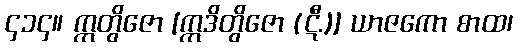
၄၁၄။ ဣတွိဇော [ဣဒိတွိဇော (ဋီ.)] ယာဇကော စာထ၊